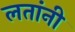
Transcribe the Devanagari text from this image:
लतांनी